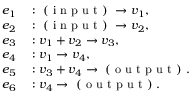
\begin{array} { r l } { e _ { 1 } } & { { } : \mathrm { ~ ( ~ i ~ n ~ p ~ u ~ t ~ ) ~ } \to v _ { 1 } , } \\ { e _ { 2 } } & { { } : \mathrm { ~ ( ~ i ~ n ~ p ~ u ~ t ~ ) ~ } \to v _ { 2 } , } \\ { e _ { 3 } } & { { } : v _ { 1 } + v _ { 2 } \to v _ { 3 } , } \\ { e _ { 4 } } & { { } : v _ { 1 } \to v _ { 4 } , } \\ { e _ { 5 } } & { { } : v _ { 3 } + v _ { 4 } \to \mathrm { ~ ( ~ o ~ u ~ t ~ p ~ u ~ t ~ ) ~ } . } \\ { e _ { 6 } } & { { } : v _ { 4 } \to \mathrm { ~ ( ~ o ~ u ~ t ~ p ~ u ~ t ~ ) ~ } . } \end{array}